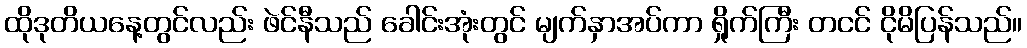
ထိုဒုတိယနေ့တွင်လည်း ဖဲင်နီသည် ခေါင်းအုံးတွင် မျက်နှာအပ်ကာ ရှိုက်ကြီး တငင် ငိုမိပြန်သည်။